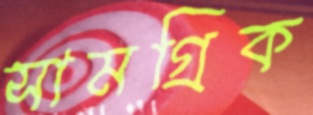
সামগ্রিক